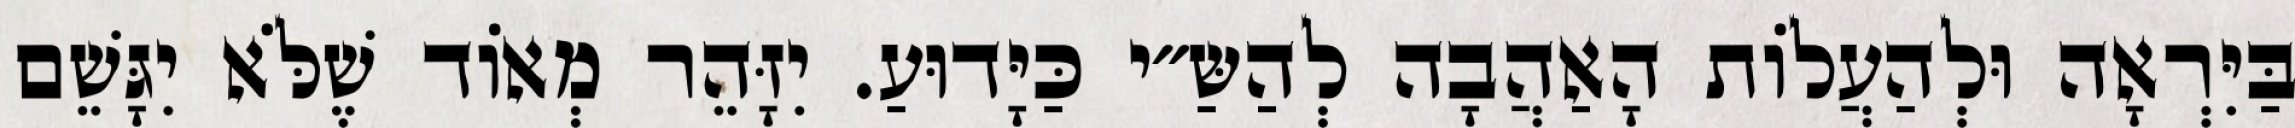
בַּיִּרְאָה וּלְהַעֲלוֹת הָאַהֲבָה לְהַשַּ״י כַּיָּדוּעַ. יִזָּהֵר מְאוֹד שֶׁלֹּא יִגָּשֵׁם